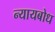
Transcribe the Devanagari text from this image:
न्यायबोध